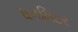
ધનમિટર